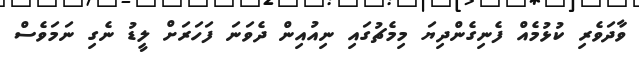
ވާދަވެރި ކުޅުމެއް ފެނިގެންދިޔަ މިމެޗުގައި ނިއުއިން ދެވަނަ ފަހަރަށް ލީޑު ނެގި ނަމަވެސް